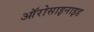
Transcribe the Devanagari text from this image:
ऑरोसाइनाइड